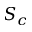
S _ { c }